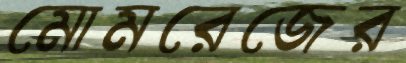
মোমরেজের